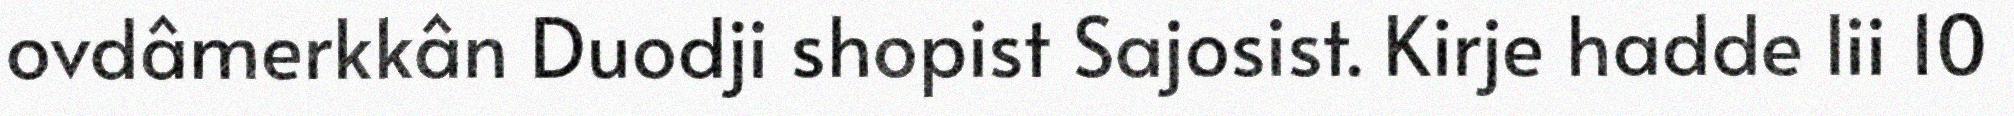
ovdâmerkkân Duodji shopist Sajosist. Kirje hadde lii 10